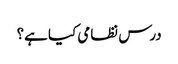
درس نظامی کیا ہے؟